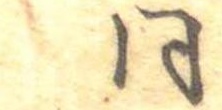
同